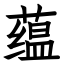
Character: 蕴